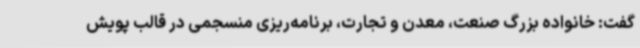
گفت: خانواده بزرگ صنعت، معدن و تجارت، برنامه‌ریزی منسجمی در قالب پویش